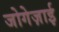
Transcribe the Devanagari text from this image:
जोगेज़ाई